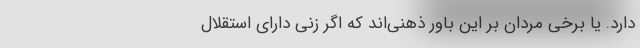
دارد. یا برخی مردان بر این باور ذهنی‌اند که اگر زنی دارای استقلال